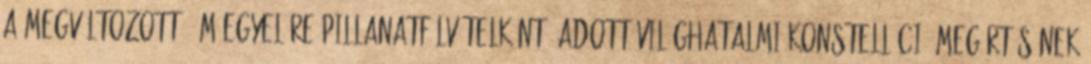
a megváltozott, ám egyelőre pillanatfölvételként8 adott világhatalmi konstelláció megértésének